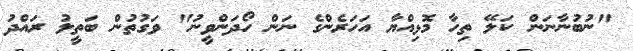
"ނުބުނާނަން ކަލޭ ތިހާ މޮޅިއްޔާ އަހަރެންގެ ނަން ހޯދަންވީނު" ވަގުތުން ބަތީލު ރައްދު